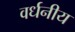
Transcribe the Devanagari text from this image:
वर्धनीय